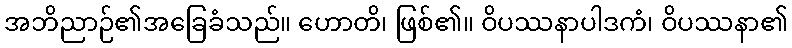
အဘိညာဉ်၏အခြေခံသည်။ ဟောတိ၊ ဖြစ်၏။ ဝိပဿနာပါဒကံ၊ ဝိပဿနာ၏